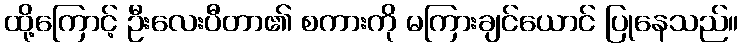
ထို့ကြောင့် ဦးလေးပီတာ၏ စကားကို မကြားချင်ယောင် ပြုနေသည်။